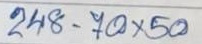
248 - 70 x 50